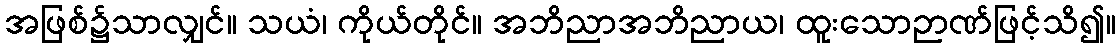
အဖြစ်၌သာလျှင်။ သယံ၊ ကိုယ်တိုင်။ အဘိညာအဘိညာယ၊ ထူးသောဉာဏ်ဖြင့်သိ၍။